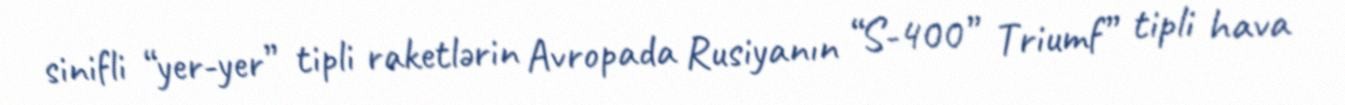
sinifli “yer-yer” tipli raketlərin Avropada Rusiyanın “S-400” Triumf” tipli hava